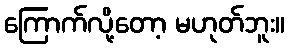
ကြောက်လို့တော့ မဟုတ်ဘူး။